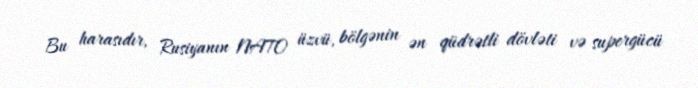
Bu harasıdır, Rusiyanın NATO üzvü, bölgənin ən qüdrətli dövləti və supergücü